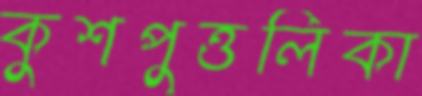
কুশপুত্তলিকা